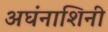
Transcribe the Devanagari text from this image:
अघंनाशिनी